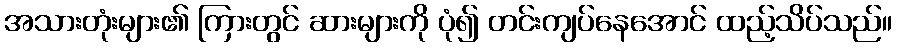
အသားတုံးများ၏ ကြားတွင် ဆားများကို ပုံ၍ တင်းကျပ်နေအောင် ထည့်သိပ်သည်။